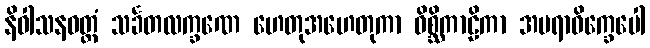
နိဝါသနဝတ္ထံ သင်္ခတလက္ခဏေ ဟေတုအဟေတုကာ ဝိစ္ဆိကာဠိကာ အမရာဝိက္ခေပေါ